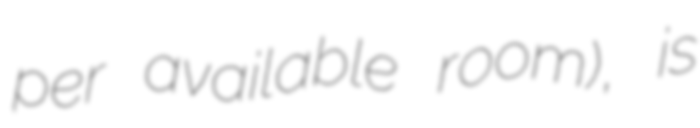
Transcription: per available room), is